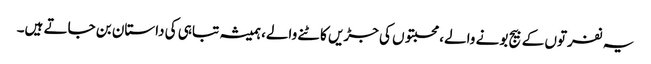
یہ نفرتوں کے بیج بونے والے، محبتوں کی جڑیں کاٹنے والے، ہمیشہ تباہی کی داستان بن جاتے ہیں۔